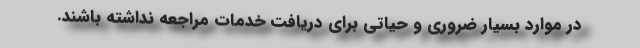
در موارد بسیار ضروری و حیاتی برای دریافت خدمات مراجعه نداشته باشند.